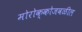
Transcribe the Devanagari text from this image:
मोरोक्कोजवळील